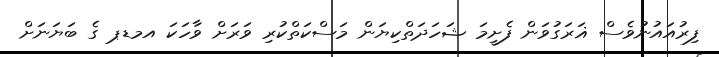
ފިރުއައުނުވެސް ޣަރަގުވަން ފެށީމަ ޝަހަދަތްކިޔަން މަސްކަތްކުރި ވަރަށް ވާހަކަ އމޑޕ ގެ ބަޔަނަށް